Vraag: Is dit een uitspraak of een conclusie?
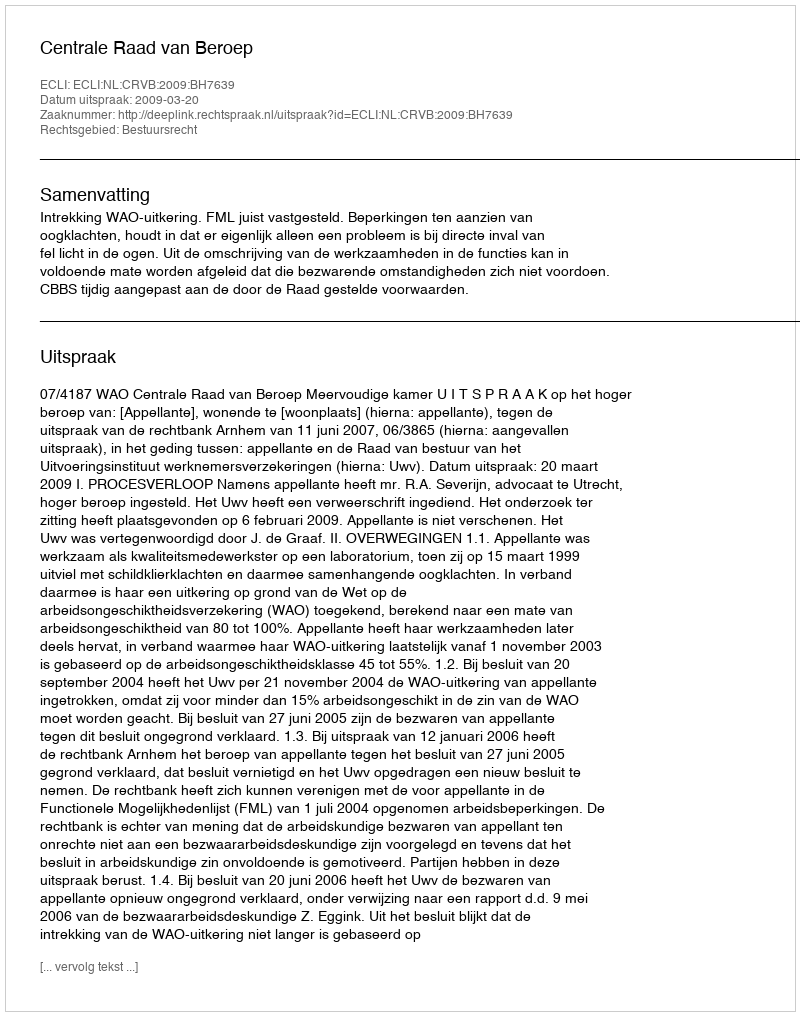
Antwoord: Uitspraak